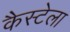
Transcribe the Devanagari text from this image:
कैस्टेला